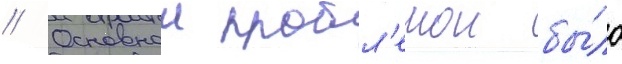
// Основнои пробл'емои бы́ло